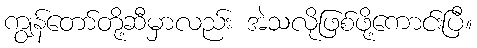
ကျွန်တော်တို့ဆီမှာလည်း အဲသလိုဖြစ်ဖို့ကောင်းပြီ။